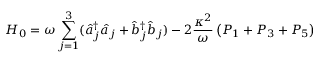
H _ { 0 } = \omega \sum _ { j = 1 } ^ { 3 } ( \hat { a } _ { j } ^ { \dagger } \hat { a } _ { j } + \hat { b } _ { j } ^ { \dagger } \hat { b } _ { j } ) - 2 \frac { \kappa ^ { 2 } } { \omega } \left( P _ { 1 } + P _ { 3 } + P _ { 5 } \right)